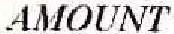
AMOUNT